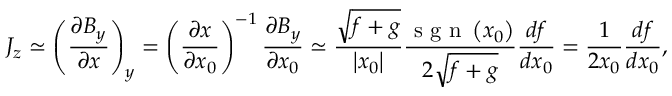
J _ { z } \simeq \left( \frac { \partial B _ { y } } { \partial x } \right) _ { y } = \left( \frac { \partial x } { \partial x _ { 0 } } \right) ^ { - 1 } \frac { \partial B _ { y } } { \partial x _ { 0 } } \simeq \frac { \sqrt { f + g } } { \left| x _ { 0 } \right| } \frac { \mathrm { ~ s ~ g ~ n ~ } \left( x _ { 0 } \right) } { 2 \sqrt { f + g } } \frac { d f } { d x _ { 0 } } = \frac { 1 } { 2 x _ { 0 } } \frac { d f } { d x _ { 0 } } ,